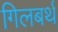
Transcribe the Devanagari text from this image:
गिलबर्थ